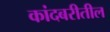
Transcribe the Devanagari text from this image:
कांदबरीतील